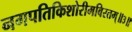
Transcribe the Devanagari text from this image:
नगपतिकिशोरीमविरतम्॥३॥